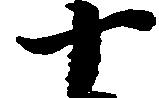
十